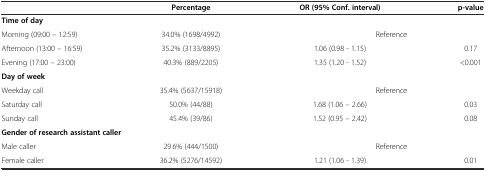
<table><thead><tr><td></td><td><b>Percentage</b></td><td><b>OR (95% Conf. interval)</b></td><td><b>p-value</b></td></tr></thead><tbody><tr><td colspan="4"><b>Time of day</b></td></tr><tr><td>Morning (09:00 – 12:59)</td><td>34.0% (1698/4992)</td><td colspan="2">Reference</td></tr><tr><td>Afternoon (13:00 – 16:59)</td><td>35.2% (3133/8895)</td><td>1.06 (0.98 - 1.15)</td><td>0.17</td></tr><tr><td>Evening (17:00 – 23:00)</td><td>40.3% (889/2205)</td><td>1.35 (1.20 - 1.52)</td><td>&lt;0.001</td></tr><tr><td colspan="4"><b>Day of week</b></td></tr><tr><td>Weekday call</td><td>35.4% (5637/15918)</td><td colspan="2">Reference</td></tr><tr><td>Saturday call</td><td>50.0% (44/88)</td><td>1.68 (1.06 – 2.66)</td><td>0.03</td></tr><tr><td>Sunday call</td><td>45.4% (39/86)</td><td>1.52 (0.95 – 2.42)</td><td>0.08</td></tr><tr><td colspan="4"><b>Gender of research assistant caller</b></td></tr><tr><td>Male caller</td><td>29.6% (444/1500)</td><td colspan="2">Reference</td></tr><tr><td>Female caller</td><td>36.2% (5276/14592)</td><td>1.21 (1.06 - 1.39)</td><td>0.01</td></tr></tbody></table>